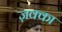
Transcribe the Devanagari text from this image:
ज़क्का